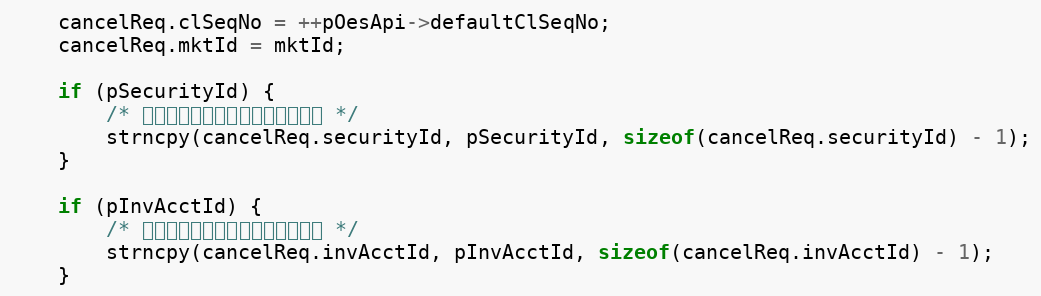
Language: C++
    cancelReq.clSeqNo = ++pOesApi->defaultClSeqNo;
    cancelReq.mktId = mktId;

    if (pSecurityId) {
        /* 撤单时被撤委托的股票代码可不填 */
        strncpy(cancelReq.securityId, pSecurityId, sizeof(cancelReq.securityId) - 1);
    }

    if (pInvAcctId) {
        /* 撤单时被撤委托的股东账户可不填 */
        strncpy(cancelReq.invAcctId, pInvAcctId, sizeof(cancelReq.invAcctId) - 1);
    }